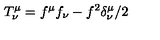
T _ { \nu } ^ { \mu } = f ^ { \mu } f _ { \nu } - f ^ { 2 } \delta _ { \nu } ^ { \mu } / 2